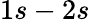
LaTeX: {1s-2s}